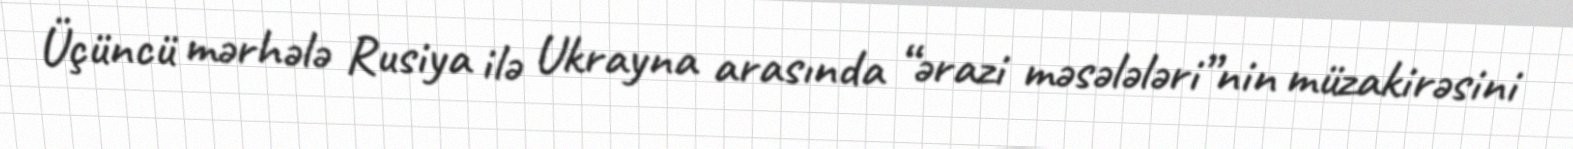
Üçüncü mərhələ Rusiya ilə Ukrayna arasında “ərazi məsələləri”nin müzakirəsini